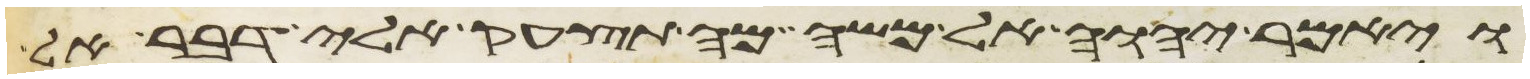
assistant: ויאמר יהוה אל משה מה תצעק אלי דבר אל